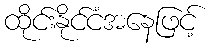
ထိုင်းနိုင်ငံအနေဖြင့်